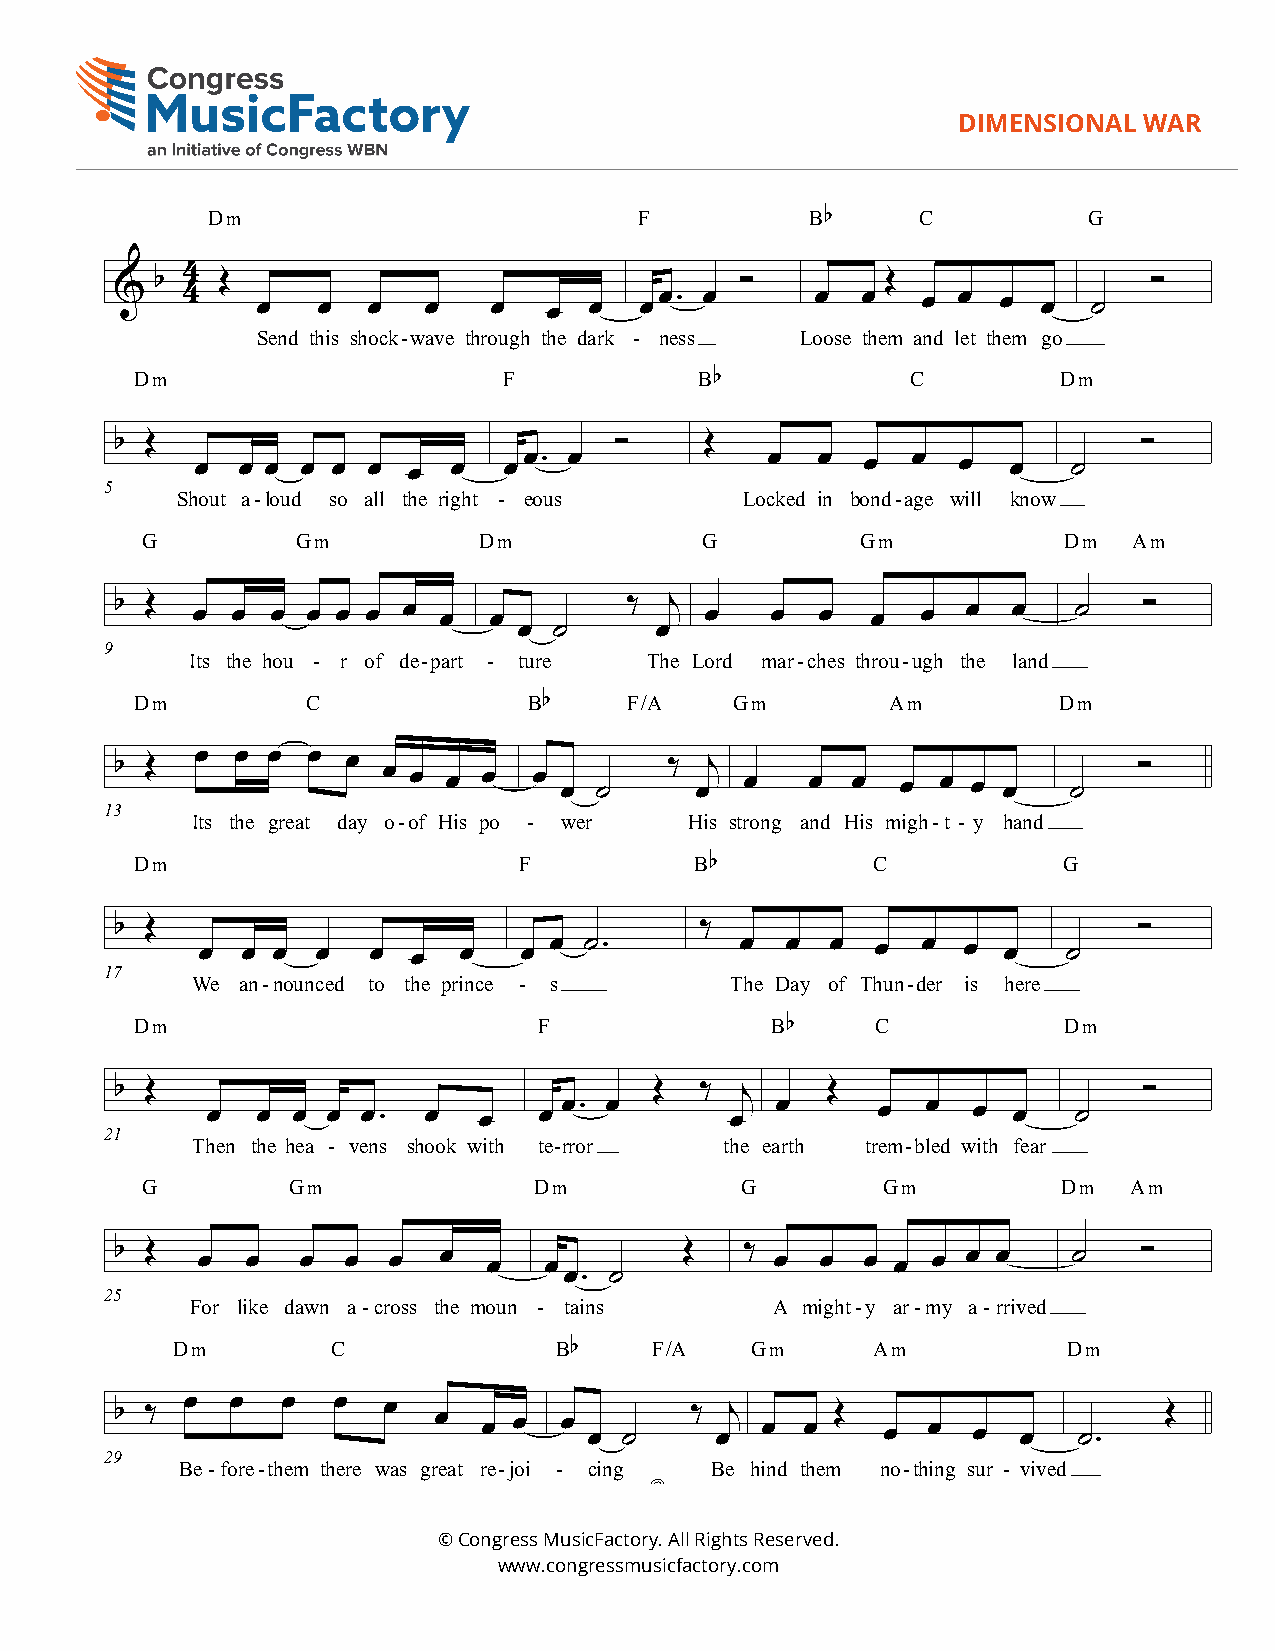
DIMENSIONAL  WAR
 Dm                          F           B
 b
 C          G
 4
 Deluxe Modern b Œ                                Ó         Œ                Ó
 &   4    œ   œ  œ   œ   œ   œ  œ  œœ.  œ      œ  œ   œ œ  œ  œ  ˙
 Send this shock-wave through the dark - ness Loose them and let them go
 Dm                      F            B
 b
 C         Dm
 b Œ                              Ó     Œ                            Ó
 5     œ  œ œ œ œ œ  œ  œ  œ œ. œ            œ  œ  œ  œ   œ  œ   ˙
 Shout a-loud so all the right - eous Locked in bond-age will know
 G          Gm          Dm             G         Gm           Dm   Am
 b Œ  œ œ  œ œ œ œ  œ œ  œ        ‰  j  œ   œ  œ   œ  œ  œ  œ   ˙    Ó
 œ  ˙     œ
 9
 Its the hou - r of de-part - ture The Lord mar-ches throu-ugh the land
 Dm         C              B
 b
 F/A    Gm        Am         Dm
 b Œ  œ  œ œ œ  œ œ œ  œ œ  œ œ ˙    ‰ œj œ    œ œ   œ œ œ œ    ˙   Ó
 13
 Its the great day o-of His po - wer His strong and His migh-t - y hand
 Dm                       F           B
 b
 C           G
 b Œ                                   ‰                            Ó
 17    œ  œ œ  œ  œ  œ  œ   œ œ  ˙.        œ  œ  œ  œ  œ  œ œ    ˙
 We an-nounced to the prince - s    The Day of Thun-der is here
 Dm                         F              B
 b
 C           Dm
 b Œ                                Œ  ‰  j     Œ                    Ó
 21     œ  œ œ  œ œ.  œ   œ   œ œ. œ      œ  œ      œ  œ  œ  œ   ˙
 Then the hea - vens shook with te-rror the earth trem-bled with fear
 G         Gm              Dm            G        Gm          Dm   Am
 b Œ  œ  œ   œ  œ  œ  œ  œ   œ        Œ   ‰ œ  œ  œ œ  œ œ œ    ˙    Ó
 œ. ˙
 25
 For like dawn a-cross the moun - tains A might-y ar-my a-rrived
 Dm         C              B
 b
 F/A    Gm      Am           Dm
 b ‰ œ  œ   œ  œ  œ   œ  œ œ  œ œ ˙    ‰ œj œ œ Œ   œ œ  œ   œ  ˙.    Œ
 29
 Be-fore-them there was great re-joi - cing Be hind them no-thing sur - vived
 ©
 © Congress MusicFactory. All Rights Reserved.
 www.congressmusicfactory.com